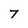
Character: 7